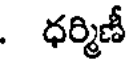
. ధర్మిణీ